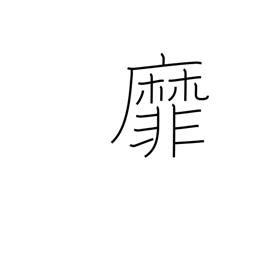
Meaning: wave